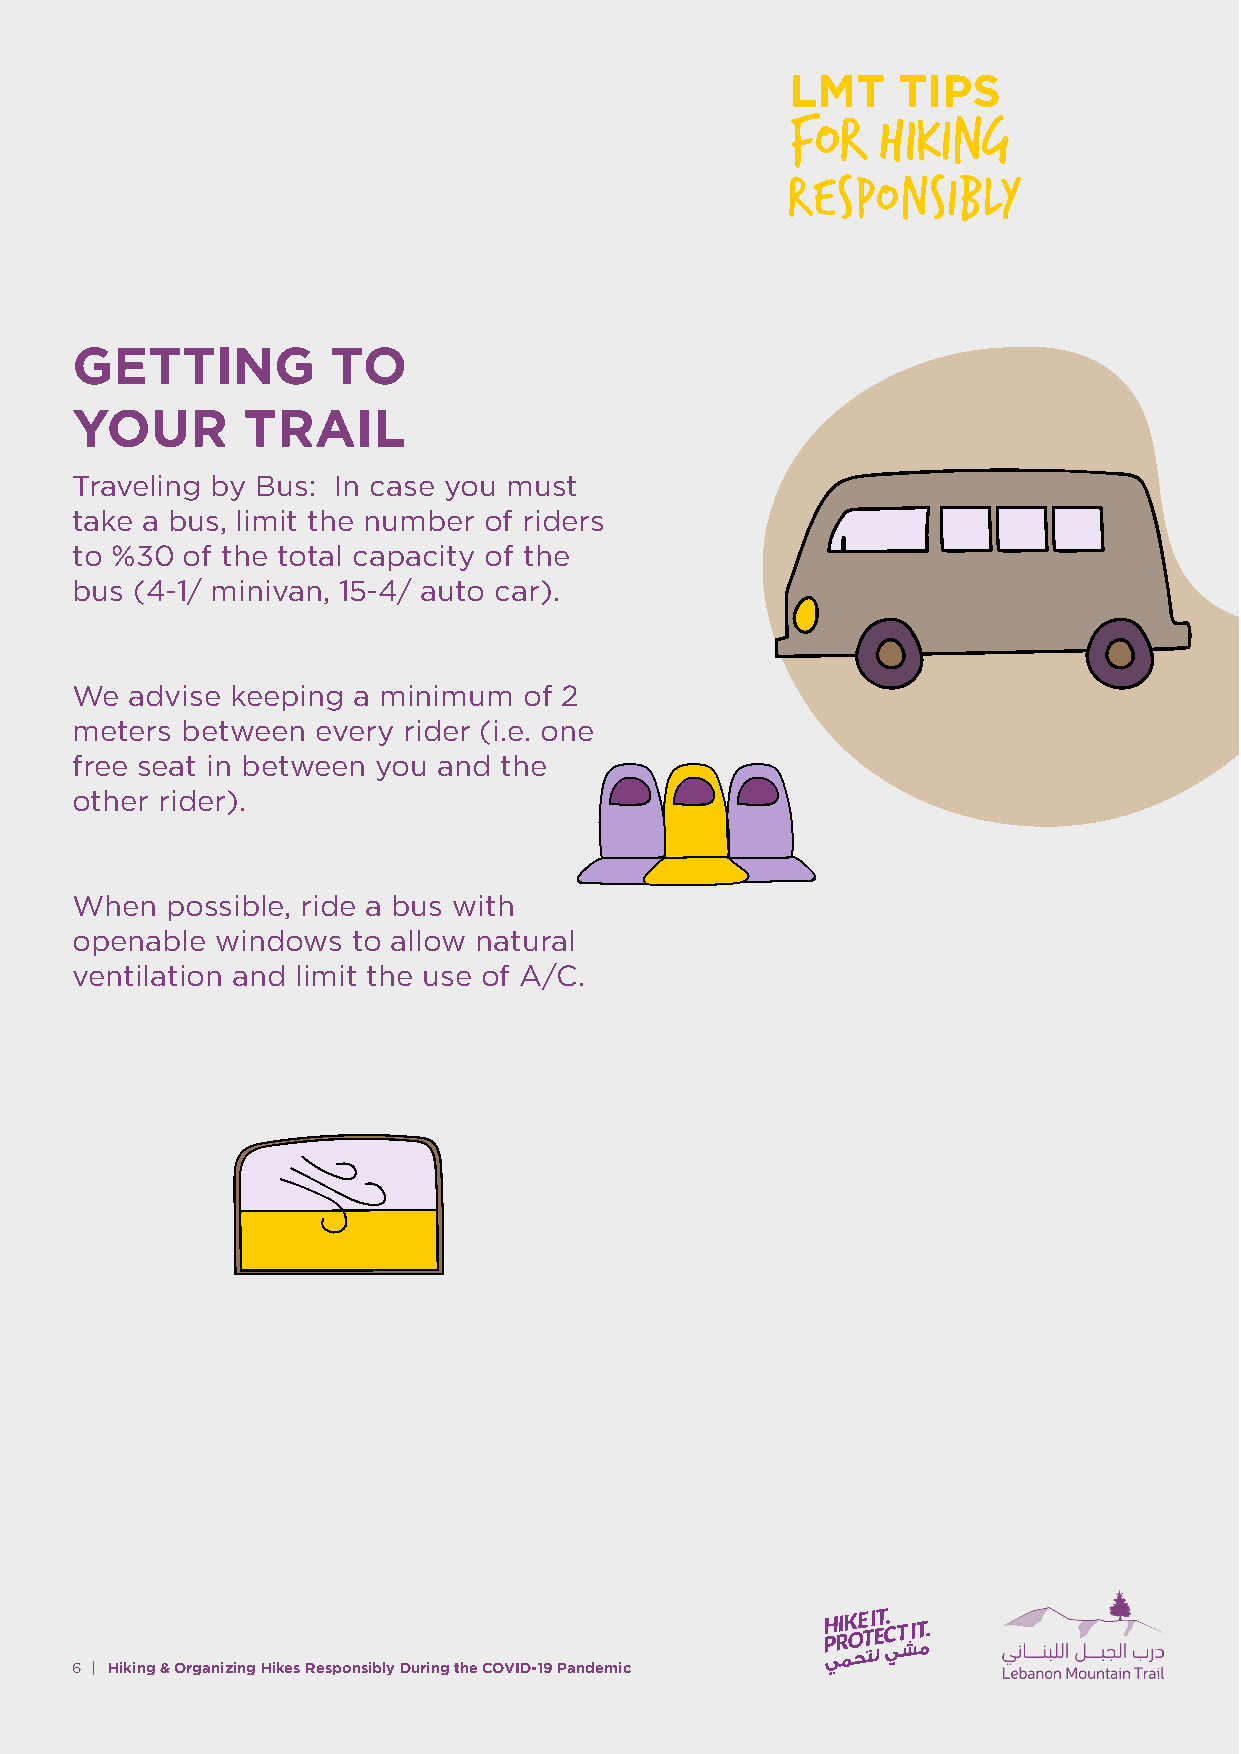
GETTING          TO
 YOUR       TRAIL
 Traveling by Bus: In case you must
 take a bus, limit the number of riders
 to %30 of the total capacity of the
 bus (4-1/ minivan, 15-4/ auto car).
 We  advise keeping a minimum  of 2
 meters between  every rider (i.e. one
 free seat in between you and the
 other rider).
 When  possible, ride a bus with
 openable windows  to allow natural
 ventilation and limit the use of A/C.
 6 | Hiking & Organizing Hikes Responsibly During the COVID-19 Pandemic